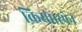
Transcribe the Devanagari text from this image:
किया।स्पेन